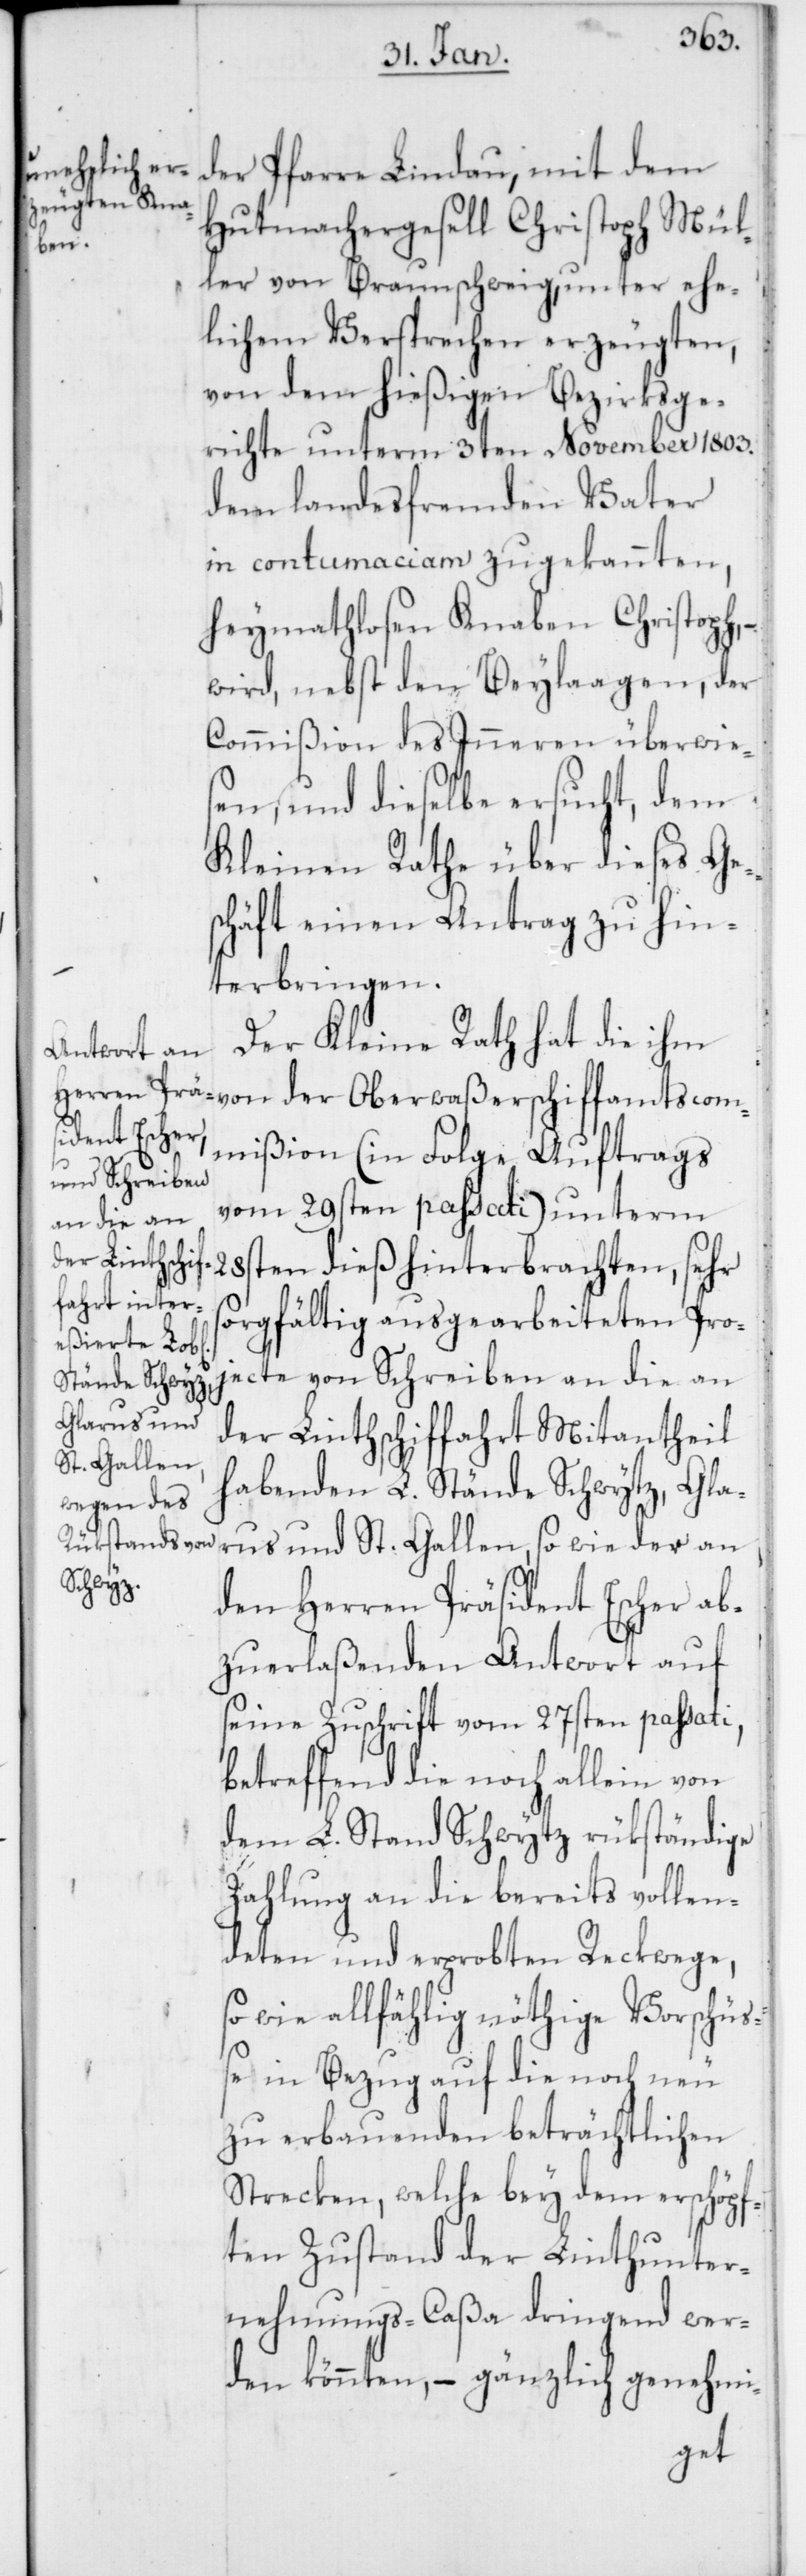
der Pfarre Lindau, mit dem
Hutmachergesell Christoph Mül¬
scom¬
ler von Braunschweig, unter ehe¬
lichem Versprechen erzeugten,
von dem hießigen Bezirksge¬
richte unterm 3ten November 1803.
dem landesfremden Vater
in contumaciam zugekannten,
heymathlosen Knaben Christoph,
wird nebst den Beylaagen, der
Commißion des Inneren überwies¬
en, und dieselbe ersucht, dem
Kleinen Rathe über dieses Ges¬
chäft einen Antrag zu hin¬
terbringen.
Der Kleine Rath hat die ihm
mißion (in Folge Auftrags
vom 29sten passati) unterm
28sten dieß hinterbrachten, sehr
sorgfältig ausgearbeiteten Pro¬
jecte von Schreiben an die an
der Linthschiffahrt Mitantheil
habenden L. Stände Schwyz, Gla¬
rus und St. Gallen, so wie der an
den Herren Präsident Escher ab¬
zuerlaßenden Antwort auf
seine Zuschrift vom 27sten passati,
betreffend die noch allein von
dem L. Stand Schwytz rükständige
Zahlung an die bereits vollen¬
deten und erprobten Reckwege,
sowie allfählig nöthige Vorschüs¬
se in Bezug auf die noch neu
zu erbauenden beträchtlichen
Strecken, welche bey dem erschöpf¬
ten Zustand der Linthunter¬
nehmungs-Caßa dringend wer¬
den könnten, – gänzlich genehmi-